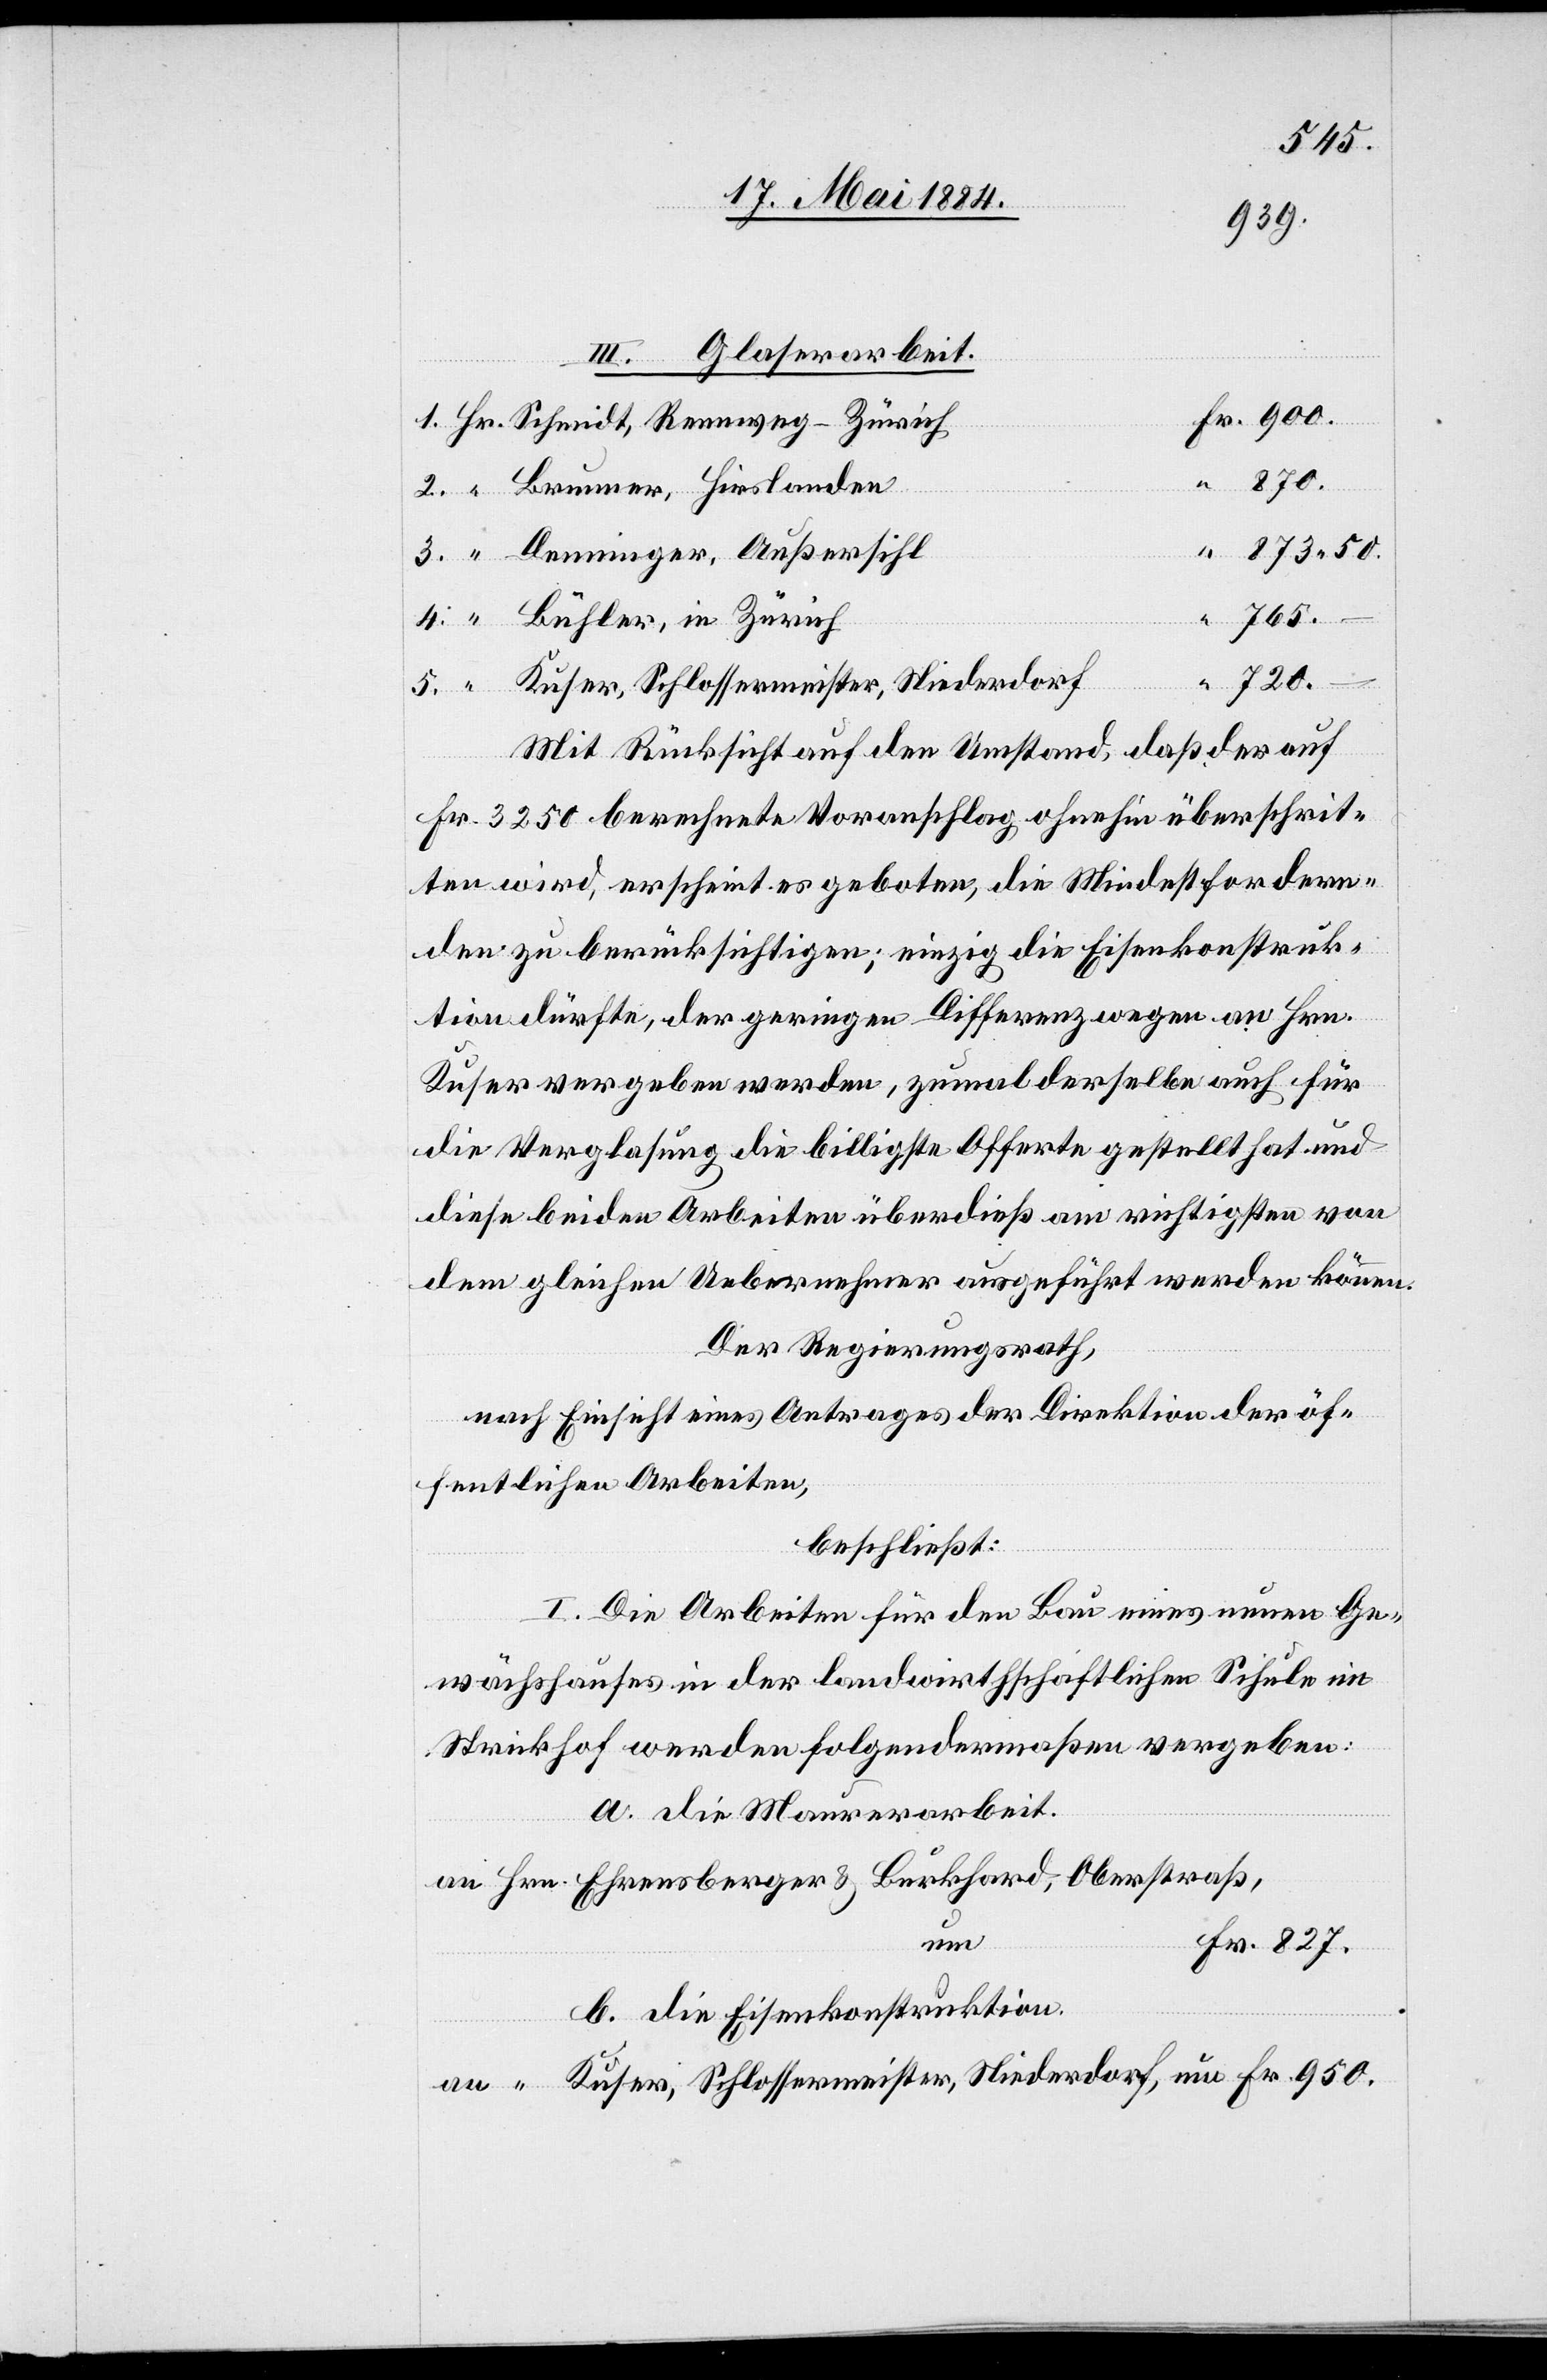
827.
950.
“
III. Glaserarbeit.
Hrn.
Oberstraß, um
Kuser, Schlossermeister, Niederdorf,
Mit Rücksicht auf den Umstand, daß der auf
Fr. 3250 berechnete Voranschlag ohnehin überschrit¬
ten wird, erscheint es geboten, die Mindestfordern¬
den zu berücksichtigen; einzig die Eisenkonstruk¬
tion dürfte, der geringen Differenz wegen an Hrn.
Kuser vergeben werde, zumal derselbe auch für
die Verglasung die billigste Offerte gestellt hat und
diese beiden Arbeiten überdieß am richtigsten von
dem gleichen Uebernehmer ausgeführt werden können.
Der Regierungsrath,
nach Einsicht eines Antrages der Direktion der öf¬
fentlichen Arbeiten,
beschließt:
I. Die Arbeiten für den Bau eines neuen Ge¬
wächshauses in der landwirthschaftlichen Schule im
Strickhof werden folgendermaßen vergeben:
a. die Maurerarbeit.
um
b. die Eisenkonstruktion.
Fr.